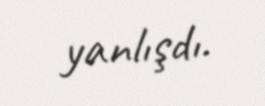
yanlışdı.